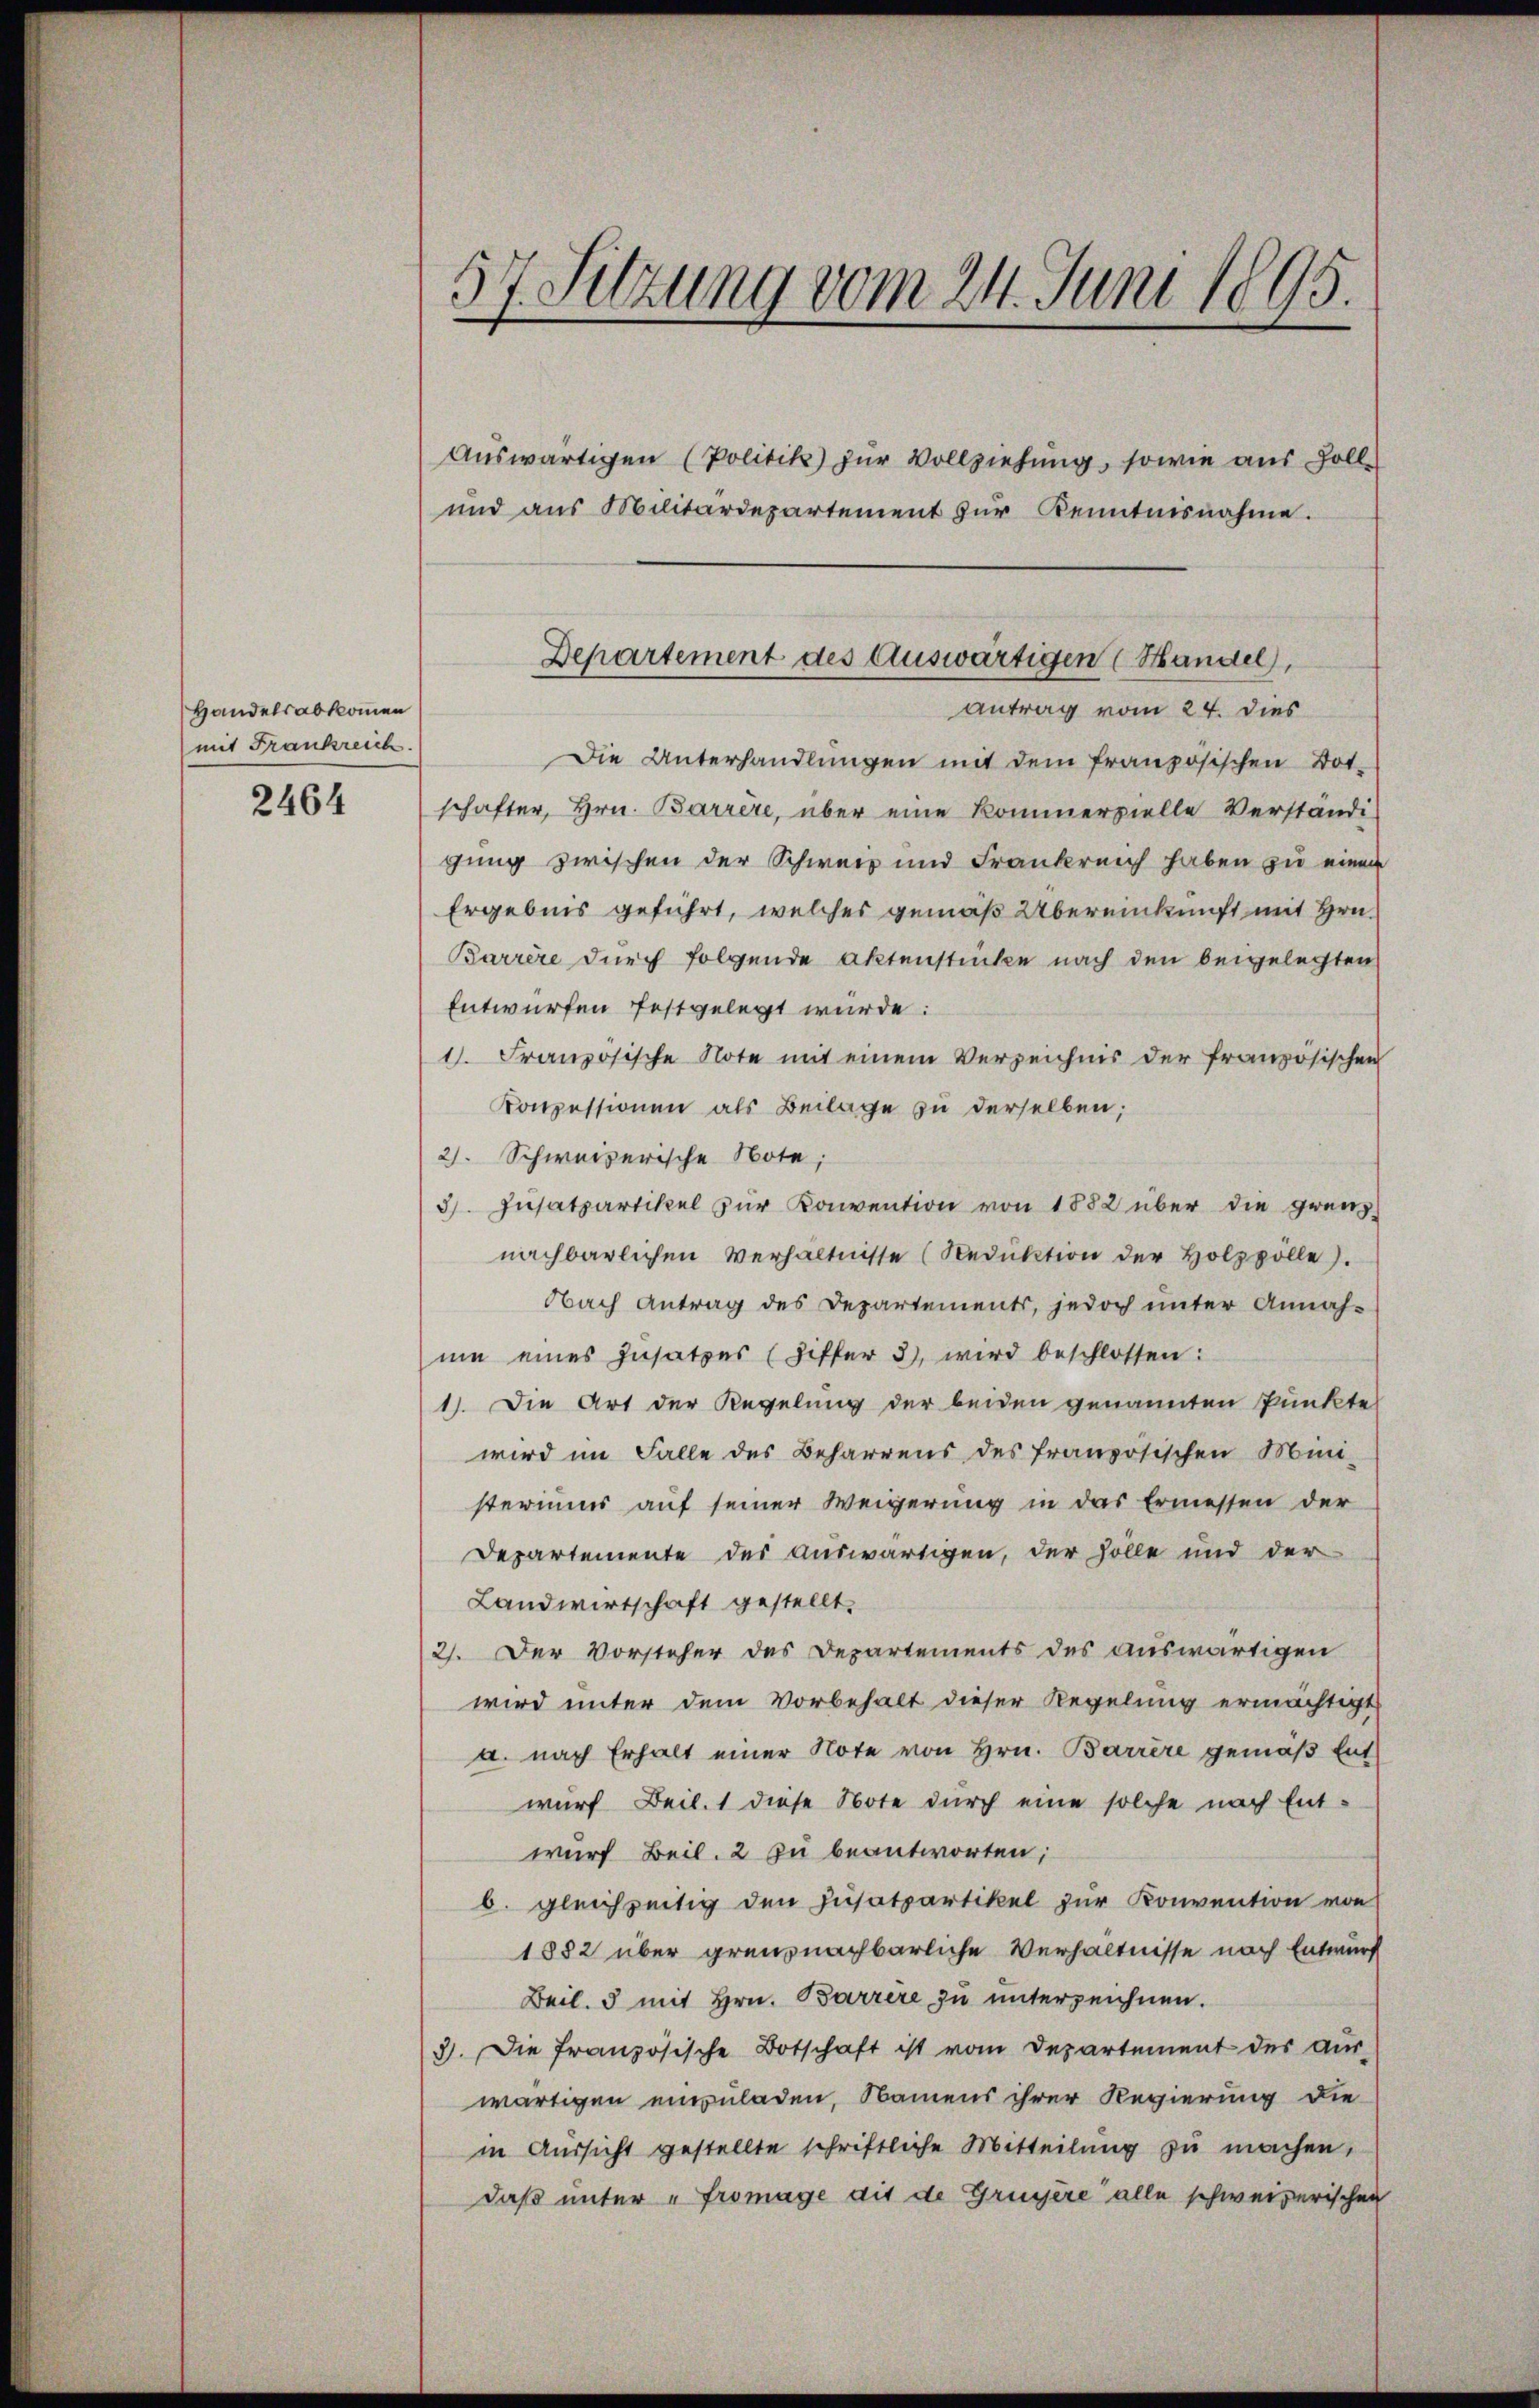
Handelsabkommen
mit Frankreich

2464

und aus Militärdepartement zŭr Kenntnisnahme.

57. Setzung vom 24. Juni 1895.

Auswärtigen (Politik) zur Vollziehung, sowie aus Zoll¬

Departement des Auswärtigen (Handel,
antrag vom 24. dies

Die Unterhandlungen mit dem französischen Bot-
schafter, Hrn. Barrère, über eine kommerzielle Verständi-
gung zwischen der Schweiz und Frankreich haben zu einen
Ergebnis geführt, welches gemäß Übereinkunft mit Hrn.
Barrire durch folgende Aktenstücke nach den beigelegten
Entwürfen festgelegt würde:
1. Französische Note mit einem Verzeichnis der französischen
Konzessionen als Beilage zu derselben;
2. Schweizerische Note;
3. Zusatzartikel zur Konvention von 1882 über die grenz
nachbarlichen Verhältnisse (Reduktion der Holzpolle.
Obach Antrag des Departements, jedoch unter Annahum eines Zusatzes (Ziffer 3), wird beschlossen:
1). Die Art der Regelung der beiden genannten Punkte
wird im Falle des Beharrens des französischen Mini-
steriums auf seiner Weigerung in das Ermessen der
Departemente des auswärtigen, der solle und der
Landwirtschaft gestellt.
21. Der Vorsteher des Departements des auswärtigen
wird unter dem Vorbehalt dieser Regelung ermächtigt
a. nach Erhalt einer Note von Hrn. Barrere gemäß Entwurf Beil. 1 diese Note durch eine solche nach Ent-
wurf Beil. 2 zu beantworten;
b. gleichzeitig den Zusatzartikel zur Konvention von
1882 über grenznachbarliche Verhältnisse nach Entwurf
Beil. 5 mit Hrn. Barrere zu unterzeichnen.
3. Die französische Botschaft ist vom Departement des aus-
wärtigen einzuladen, Namens ihrer Regierung die
in Aussicht gestellte schriftliche Mitteilung zu machen,
daß unter "Fromage dit de Grussere alle schweizerischen